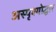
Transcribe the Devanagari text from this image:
अस्पृश्योद्धार